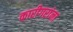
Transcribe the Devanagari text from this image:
कारीगरांना